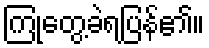
ကြုံတွေ့ခဲရပြန်၏။